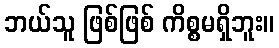
ဘယ်သူ ဖြစ်ဖြစ် ကိစ္စမရှိဘူး။